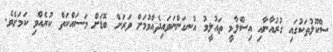
ސްކޫލުތަކުގައި ގުރުއާނާއި އިސްލާމީ ތައުލީމު އުނގަންނަވައިދެއްވުމަށް ވަރަށް ބޮޑަށް މަަސައްކަތް ކުރެއްވި ކަމަށެވެ.